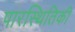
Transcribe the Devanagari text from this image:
पारस्थितिकी